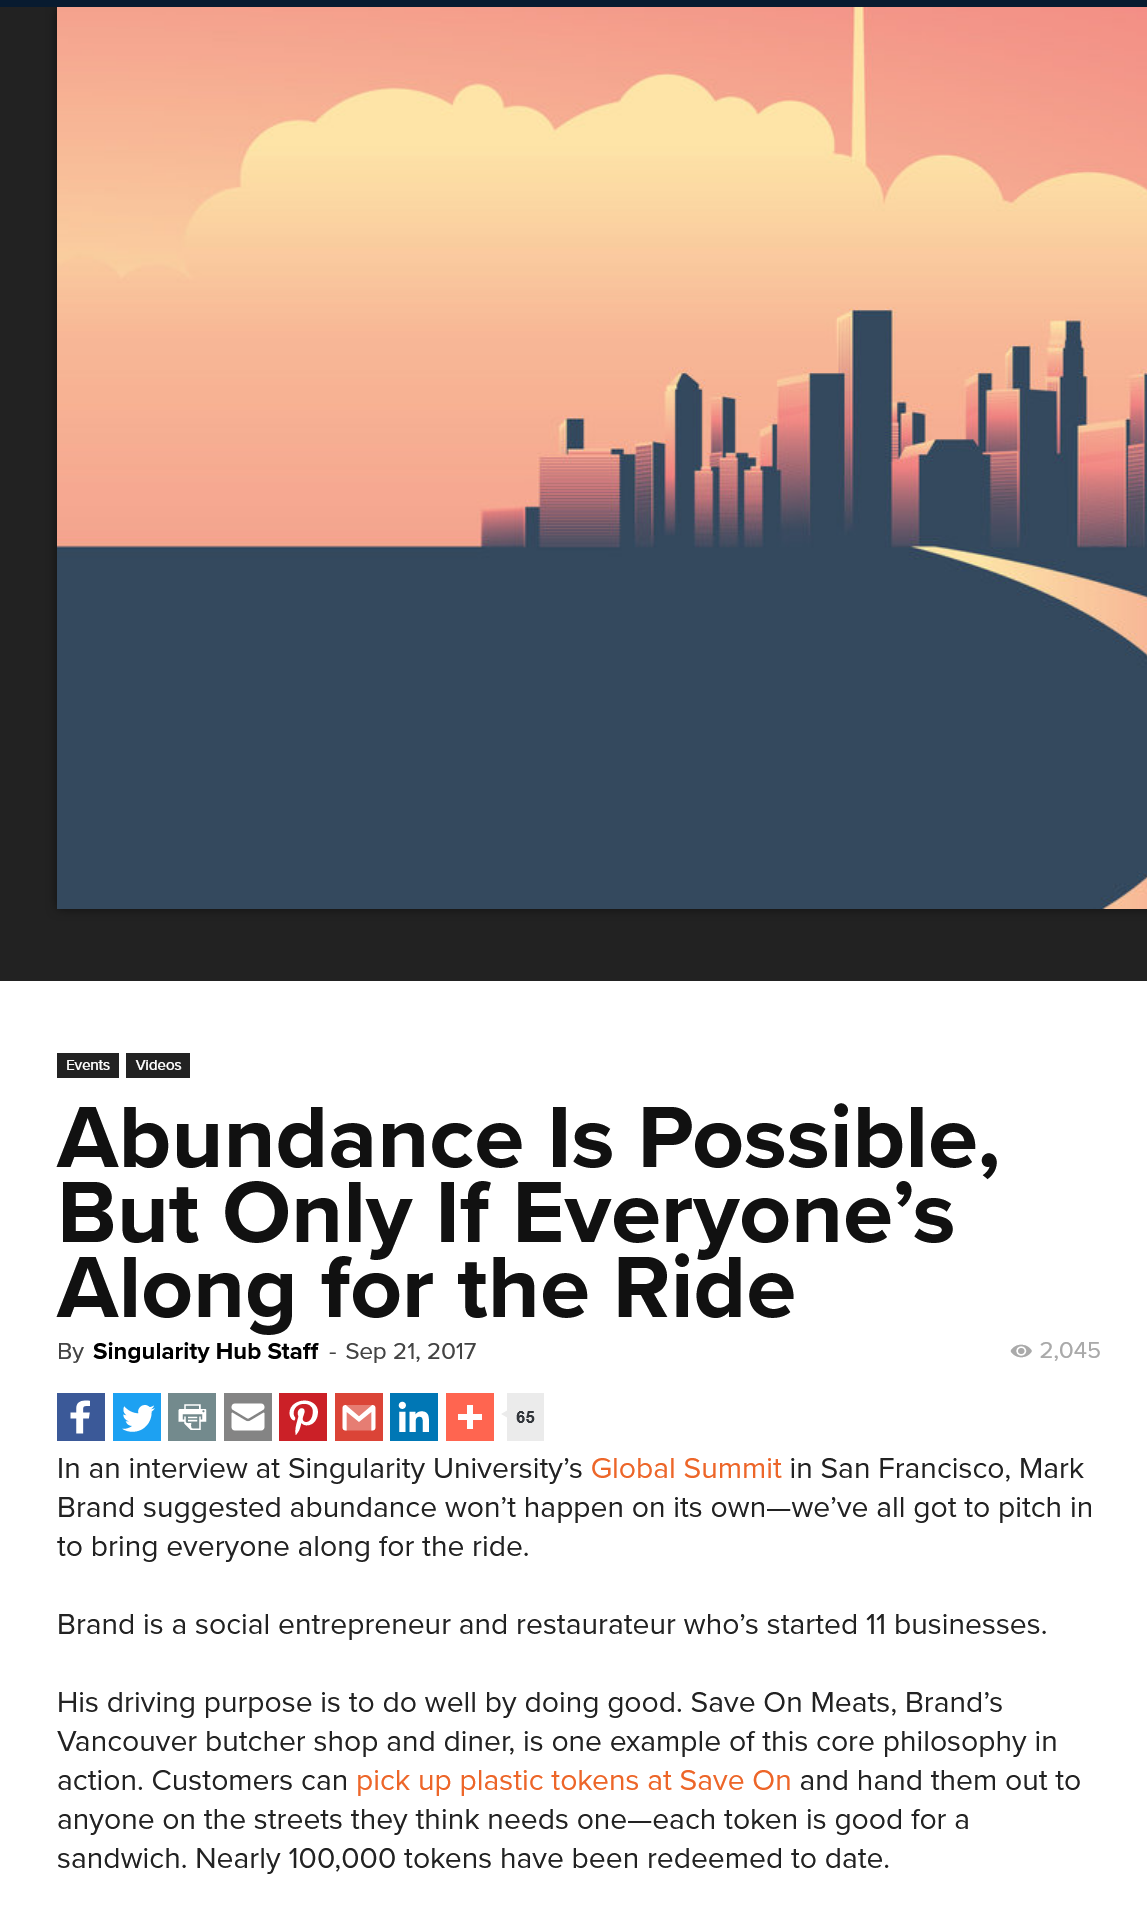
In an interview at Singularity University’s Global Summit in San Francisco, Mark
    Brand suggested abundance won’t happen on its own—we’ve all got to pitch in
    to bring everyone along for the ride.
    Brand is a social entrepreneur and restaurateur who’s started 11 businesses.
    His driving purpose is to do well by doing good. Save On Meats, Brand’s
    Vancouver butcher shop and diner, is one example of this core philosophy in
    action. Customers can pick up plastic tokens at Save On and hand them out to
    anyone on the streets they think needs one—each token is good for a
    sandwich. Nearly 100,000 tokens have been redeemed to date.
    By Singularity Hub Staff
     -
     Sep 21, 2017
    Abundance    Is    Possible,
     But    Only    If   Everyone’s
    Along    for    the    Ride
     2,045
     Pavey Videos
     @    65